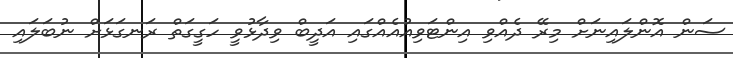
ސަން އޮންލައިނަށް މިރޭ ދެއްވި އިންޓަވިއުއެއްގައި އަދީބް ވިދާޅުވީ ހަގީގަތް ރަނގަޅަށް ނުބަލައި